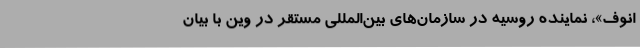
انوف»، نماینده روسیه در سازمان‌های بین‌المللی مستقر در وین با بیان